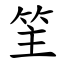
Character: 䇠